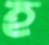
হ